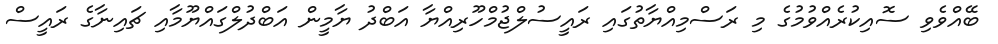
ބޭއްވެވި ސޮއިކުރެއްވުމުގެ މި ރަސްމިއްޔާތުގައި ރައީސުލްޖުމްހޫރިއްޔާ އަބްދު ޔާމީން އަބްދުލްގައްޔޫމާއި ޗައިނާގެ ރައީސް